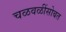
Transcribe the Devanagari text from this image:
चळवळींसोबत